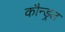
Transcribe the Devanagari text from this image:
कौन्ड्रल